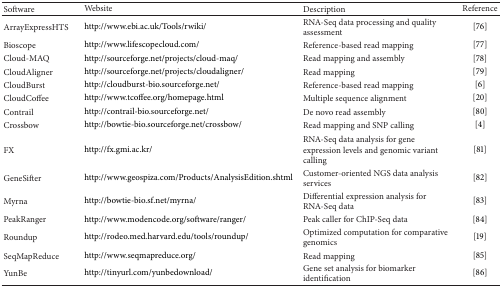
<table><thead><tr><td><b>Software</b></td><td><b>Website</b></td><td><b>Description</b></td><td><b>Reference</b></td></tr></thead><tbody><tr><td>ArrayExpressHTS</td><td>http://www.ebi.ac.uk/Tools/rwiki/</td><td>RNA-Seq data processing and quality assessment</td><td>[76]</td></tr><tr><td>Bioscope</td><td>http://www.lifescopecloud.com/</td><td>Reference-based read mapping</td><td>[77]</td></tr><tr><td>Cloud-MAQ</td><td>http://sourceforge.net/projects/cloud-maq/</td><td>Read mapping and assembly</td><td>[78]</td></tr><tr><td>CloudAligner</td><td>http://sourceforge.net/projects/cloudaligner/</td><td>Read mapping</td><td>[79]</td></tr><tr><td>CloudBurst</td><td>http://cloudburst-bio.sourceforge.net/</td><td>Reference-based read mapping</td><td>[6]</td></tr><tr><td>CloudCoffee</td><td>http://www.tcoffee.org/homepage.html</td><td>Multiple sequence alignment</td><td>[20]</td></tr><tr><td>Contrail</td><td>http://contrail-bio.sourceforge.net/</td><td>De novo read assembly</td><td>[80]</td></tr><tr><td>Crossbow</td><td>http://bowtie-bio.sourceforge.net/crossbow/</td><td>Read mapping and SNP calling</td><td>[4]</td></tr><tr><td>FX</td><td>http://fx.gmi.ac.kr/</td><td>RNA-Seq data analysis for gene expression levels and genomic variant calling</td><td>[81] </td></tr><tr><td>GeneSifter</td><td>http://www.geospiza.com/Products/AnalysisEdition.shtml</td><td>Customer-oriented NGS data analysis services</td><td>[82]</td></tr><tr><td>Myrna</td><td>http://bowtie-bio.sf.net/myrna/</td><td>Differential expression analysis for RNA-Seq data</td><td>[83]</td></tr><tr><td>PeakRanger</td><td>http://www.modencode.org/software/ranger/</td><td>Peak caller for ChIP-Seq data</td><td>[84]</td></tr><tr><td>Roundup</td><td>http://rodeo.med.harvard.edu/tools/roundup/</td><td>Optimized computation for comparative genomics</td><td>[19]</td></tr><tr><td>SeqMapReduce</td><td>http://www.seqmapreduce.org/</td><td>Read mapping</td><td>[85]</td></tr><tr><td>YunBe</td><td>http://tinyurl.com/yunbedownload/</td><td>Gene set analysis for biomarker identification</td><td>[86]</td></tr></tbody></table>